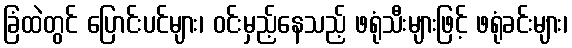
ခြံထဲတွင် ပြောင်းပင်များ၊ ဝင်းမှည့်နေသည့် ဖရုံသီးများဖြင့် ဖရုံခင်းများ၊